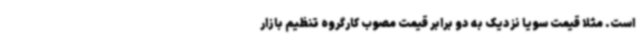
است. مثلا قیمت سویا نزدیک به دو برابر قیمت مصوب کارگروه تنظیم بازار